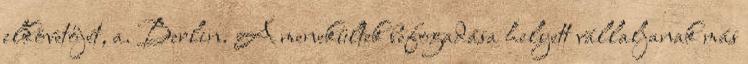
elkövetőjét, a. Berlin. A menekültek befogadása helyett vállaljanak más